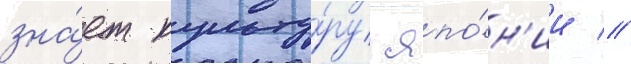
зна́ет культу́ру япо́н'ии //